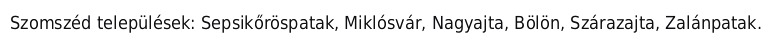
Szomszéd települések: Sepsikőröspatak, Miklósvár, Nagyajta, Bölön, Szárazajta, Zalánpatak.